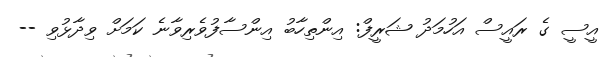
އީސީ ގެ ރައީސް އަހުމަދު ޝަރީފް: އިންތިހާބު އިންސާފުވެރިވާނެ ކަމަށް ވިދާޅުވި --